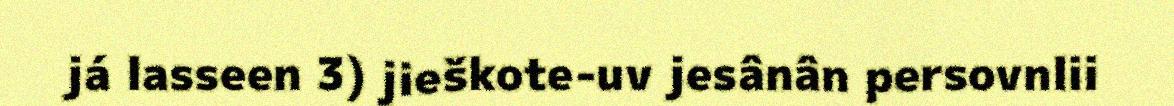
já lasseen 3) jieškote-uv jesânân persovnlii